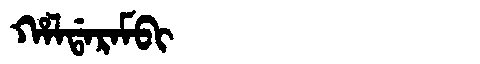
Manchu: ᡥᠠᠯᡩᠠᡵᠠᠮᠪᡳ
Romanization: HALDARAMBI